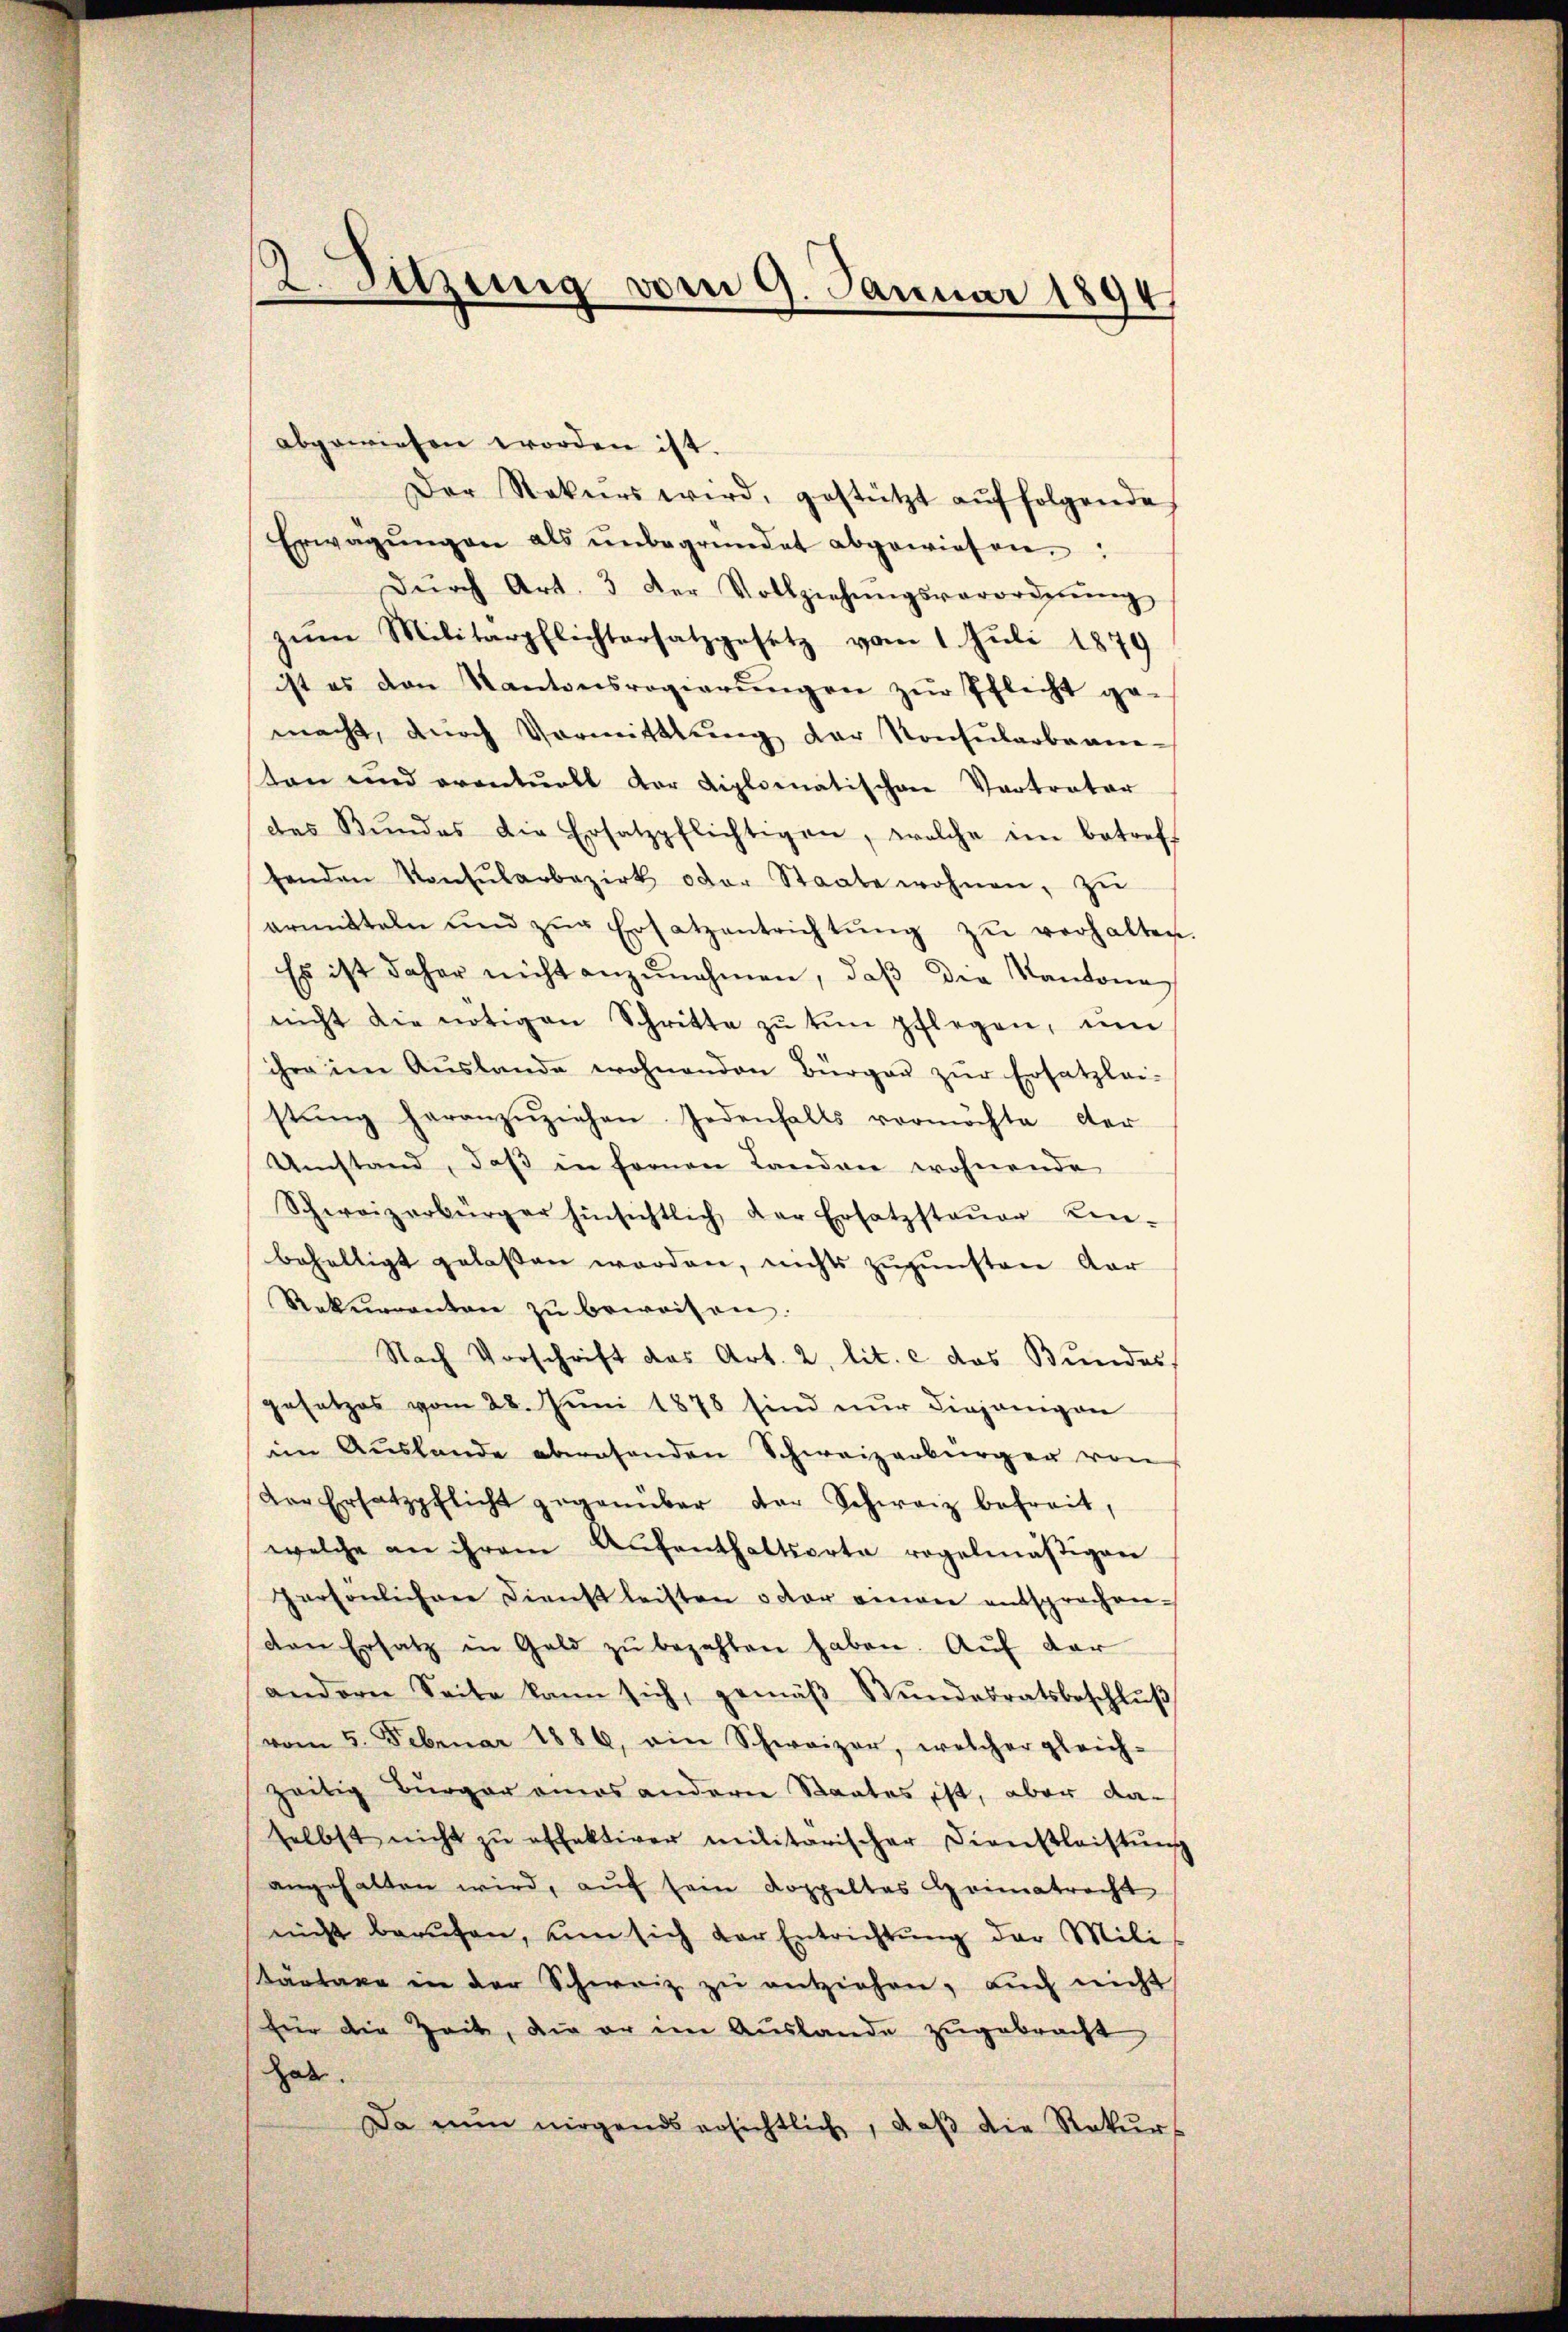
e
Sitzung vom 9. Januar 1894

abgewiesen worden ist.
Der Rekurs wird, gestützt aŭf folgende
Erwägŭngen als ŭnbegründet abgewiesen.
Dŭrch Art. 3 der Vollziehŭngsverordnŭng
zum Militärpflichtersatzgesetz vom 1. Juli 1879
ist es den Kantonsregierŭngen zŭr Pflicht ge-
macht, durch Vormittlung der Konsularbeam-
sten und eventuell der Diplomatischen Vertrator
des Bŭndes die Ersatzpflichtigen, welche im betreff
tenden Konsŭlarbezirk oder Staate wohnen, zŭ
armitteln und zŭr Ersatzentrichtŭng zŭ verhalten
Es ist daher nicht anzŭnahmen, daβ der Kantone
nicht die nötigen Schritte zŭ ten pflegen, ŭm
ihre im Aŭslande wohnenden Bürger zŭr Ersatzlei-
stŭng heranzŭziehen. Jedenfalls vermöchte der
Umstand, daß in fernen Landen wohnende
Schweizerbürger hinsichtlich der Ersatzsteŭer Kin-
behaltigt gelassen werden, nichts zugunsten Aar
Rekurrenten zŭ beweisen.
Nach Vorschrift das Art. 2, lit. c das Bundes.
gesetzes vom 28. Juni 1878 sind nur diejenigen
im Auslande abwesenden Schweizerbürger von
Der Ersatzpflicht gegenüber der Schweiz befreit,
welche an ihrem Aufenthaltsorte regelmäßigen
Persönlichen Dienst leisten oder einen entsprochen.
den Ersatz in Geld zŭ bezahlen haben. Aŭf der
andern Seite kann sich, gemäβ Stŭndesratsbeschlŭβ
vom 5. Februar 1886, ain Schweizer, welcher gleich-
zeitig Bürger eines anderer Staates ist, aber da-
selbst nicht zŭ effektiver militärischer Dienstleistŭng
angehalten wird, aŭf sein Koppeltes Heimatrecht
nicht berŭfen, ŭm sich der Entrichtŭng der Mili
Kärtaxe in der Schweiz zŭ entziehen, aŭch nicht
für die Zeit, die er im Auslande zugebracht
Hab.
Da nun nirgends ersichtlich, daβ die Rekurs